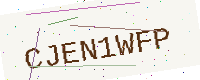
Text: CJEN1WFP